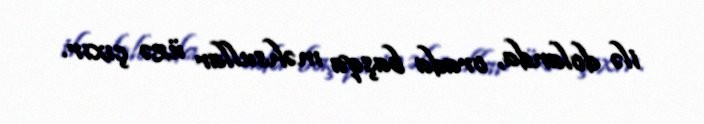
ilə dolanda, orada başqa məhsullar üzə çıxır.